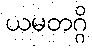
ယမတဂ္ဂိ